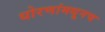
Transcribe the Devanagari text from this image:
धोरणांमधूनच